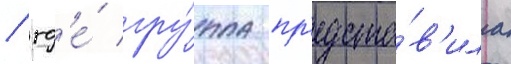
/ гд'е́ гру́ппа пр'едста́в'ила